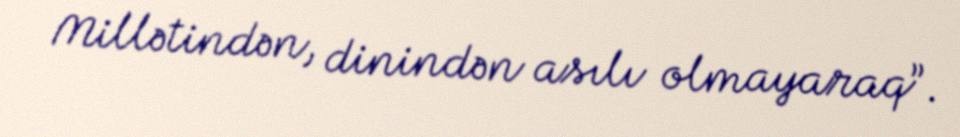
Millətindən, dinindən asılı olmayaraq”.